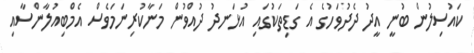
ކައުސިލުން ބުނީ އީދު ދެދުވަހުގެ އެ ގަޑިތަކުގައި އުޅަނދު ދުއްވުން މަނާކުރިނަމަވެސް އެމްބިއުލާންސާއި